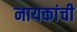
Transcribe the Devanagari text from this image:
नायकांची